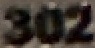
302